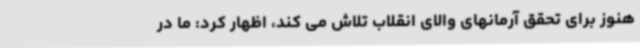
هنوز برای تحقق آرمانهای والای انقلاب تلاش می کند، اظهار کرد: ما در